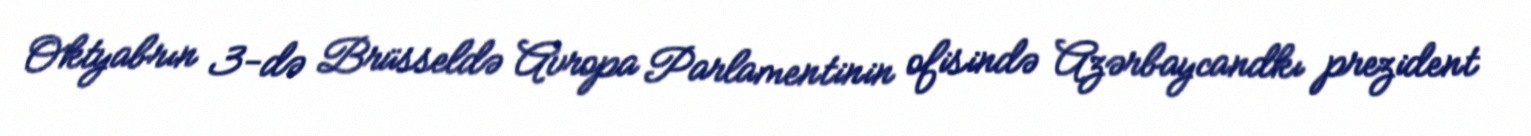
Oktyabrın 3-də Brüsseldə Avropa Parlamentinin ofisində Azərbaycandkı prezident